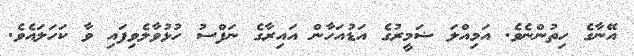
އޭނާގެ ހިތުންނެވެ. އަމިއްލަ ޟަމީރުގެ އަޑުއަހާން އައިރާގެ ނަފްސު ހުޅުވާލެވިފައި ވާ ކަހަލައެވެ.